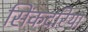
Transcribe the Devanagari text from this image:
सिंकदरिया